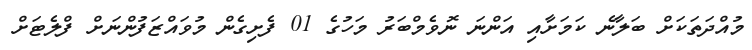
މުއްދަތަކަށް ބަލާނެ ކަމަށާއި އަންނަ ނޮވެމްބަރު މަހުގެ 01 ފެށިގެން މުވައްޒަފުންނަށް ފްލެޓަށް